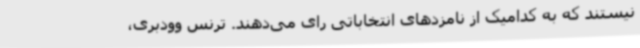
نیستند که به کدامیک از نامزدهای انتخاباتی رای می‌دهند. ترنس وودبری،